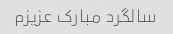
سالگرد مبارک عزیزم